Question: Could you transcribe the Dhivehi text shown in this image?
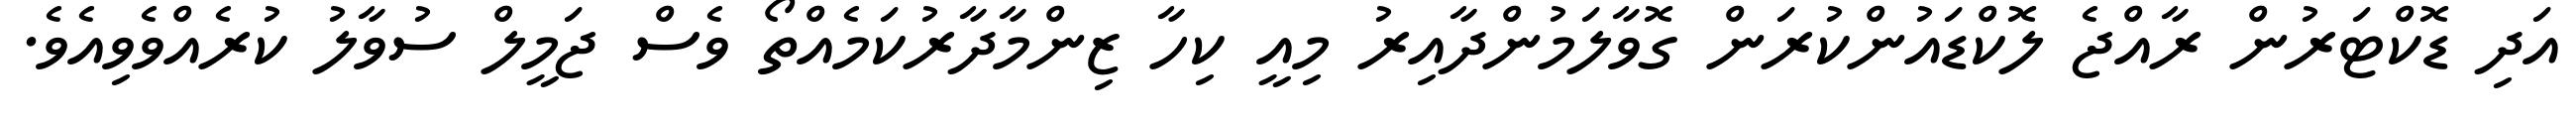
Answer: އަދި ޑޮކްޓަރުން ރާއްޖެ ލޮކްޑައުންކުރަން ގޮވާލަމުންދާއިރު މިއީ ކިހާ ޒިންމާދާރުކަމެއްތޯ ވެސް ޖަމީލް ސުވާލު ކުރެއްވެވިއެވެ.